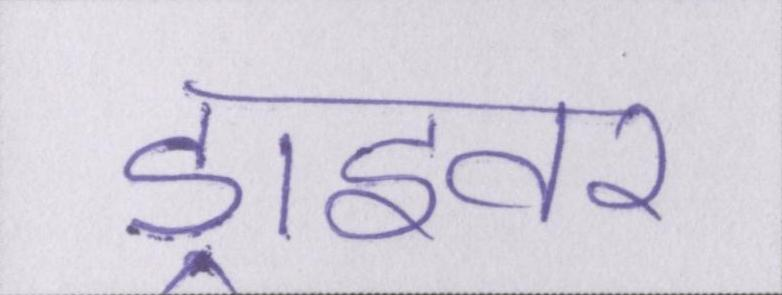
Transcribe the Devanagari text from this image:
ड्राइवर